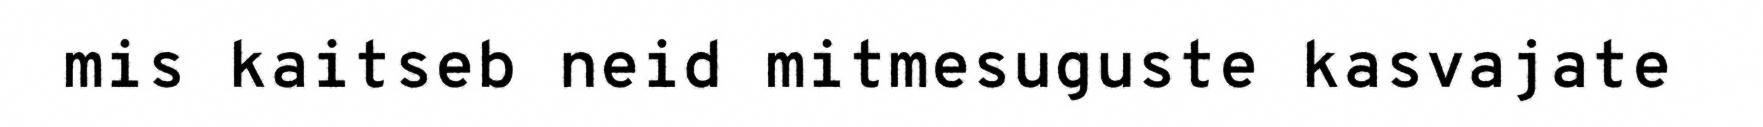
mis kaitseb neid mitmesuguste kasvajate